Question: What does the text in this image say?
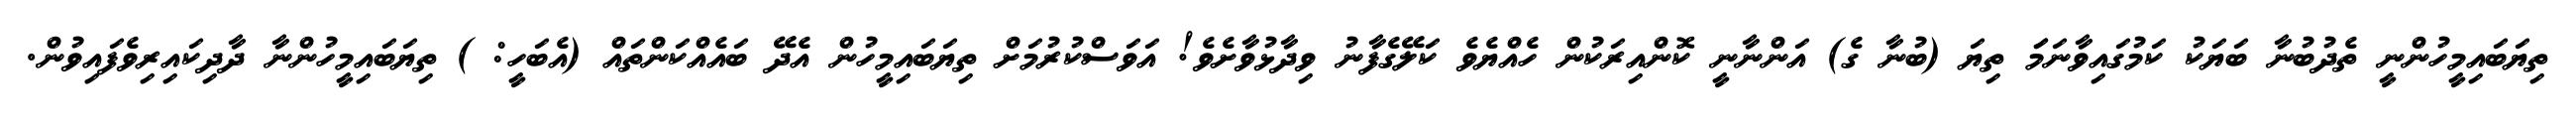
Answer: ތިޔަބައިމީހުންނީ ތެދުބުނާ ބަޔަކު ކަމުގައިވާނަމަަ ތިޔަ (ބުނާ ގެ) އަންނާނީ ކޮންއިރަކުން ހެއްޔެވެ ކަލޭގެފާނު ވިދާޅުވާށެވެ! އަވަސްކުރުމަށް ތިޔަބައިމީހުން އެދޭ ބައެއްކަންތައް (އެބަހީ: ) ތިޔަބައިމީހުންނާ ދާދިކައިރިވެފައިވުން.